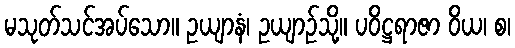
မသုတ်သင်အပ်သော။ ဥယျာနံ၊ ဥယျာဉ်သို့။ ပဝိဋ္ဌရာဇာ ဝိယ၊ စ၊